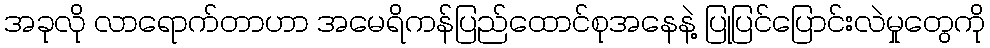
အခုလို လာရောက်တာဟာ အမေရိကန်ပြည်ထောင်စုအနေနဲ့ ပြုပြင်ပြောင်းလဲမှုတွေကို